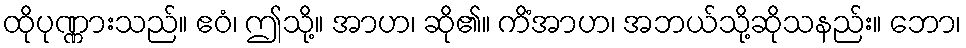
ထိုပုဏ္ဏားသည်။ ဧဝံ၊ ဤသို့။ အာဟ၊ ဆို၏။ ကိံအာဟ၊ အဘယ်သို့ဆိုသနည်း။ ဘော၊